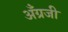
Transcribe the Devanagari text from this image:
अँग्रजी